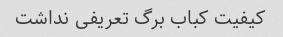
کیفیت کباب برگ تعریفی نداشت